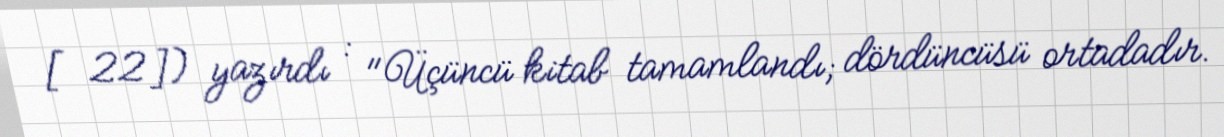
[22]) yazırdı : "Üçüncü kitab tamamlandı; dördüncüsü ortadadır.